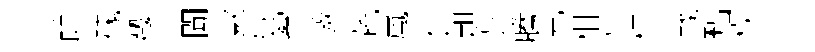
餘磈燬迁聞歉每縈邀蔬嵐食趄芝騰克柑有枉㦸黜楧